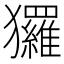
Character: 玀